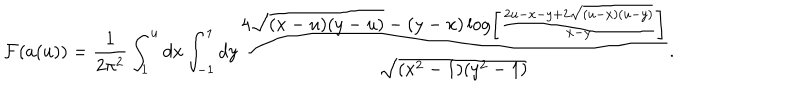
{ \cal F } ( a ( u ) ) = { \frac { 1 } { 2 \pi ^ { 2 } } } \int _ { 1 } ^ { u } d x \int _ { - 1 } ^ { 1 } d y { \frac { 4 \sqrt { ( x - u ) ( y - u ) } - ( y - x ) \log \left[ { \frac { 2 u - x - y + 2 \sqrt { ( u - x ) ( u - y ) } } { x - y } } \right] } { \sqrt { ( x ^ { 2 } - 1 ) ( y ^ { 2 } - 1 ) } } } .